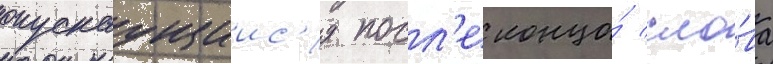
опускаущиис'я посл'е конца́ сло́ва